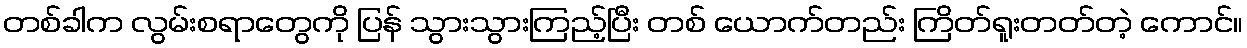
တစ်ခါက လွမ်းစရာတွေကို ပြန် သွားသွားကြည့်ပြီး တစ် ယောက်တည်း ကြိတ်ရူးတတ်တဲ့ ကောင်။